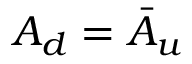
A _ { d } = \bar { A } _ { u }